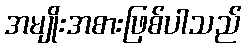
အမျိုးအစားဖြစ်ပါသည်